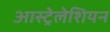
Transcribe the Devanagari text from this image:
आस्ट्रेलेशियन